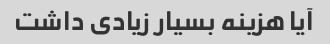
آیا هزینه بسیار زیادی داشت